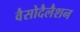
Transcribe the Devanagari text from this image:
वैसोदैलैशन